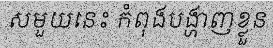
សមួយនេះ កំពុងបង្ហាញខ្លួន